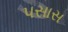
પસાસ